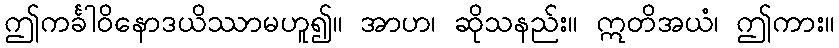
ဤကင်္ခါဝိနောဒယိဿာမဟူ၍။ အာဟ၊ ဆိုသနည်း။ ဣတိအယံ၊ ဤကား။